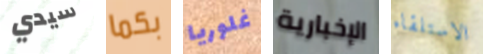
سيدي بكما غلوريا الإخبارية الاستلقاء